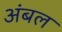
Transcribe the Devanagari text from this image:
अंबल